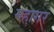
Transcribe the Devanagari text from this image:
महागर